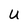
Character: U